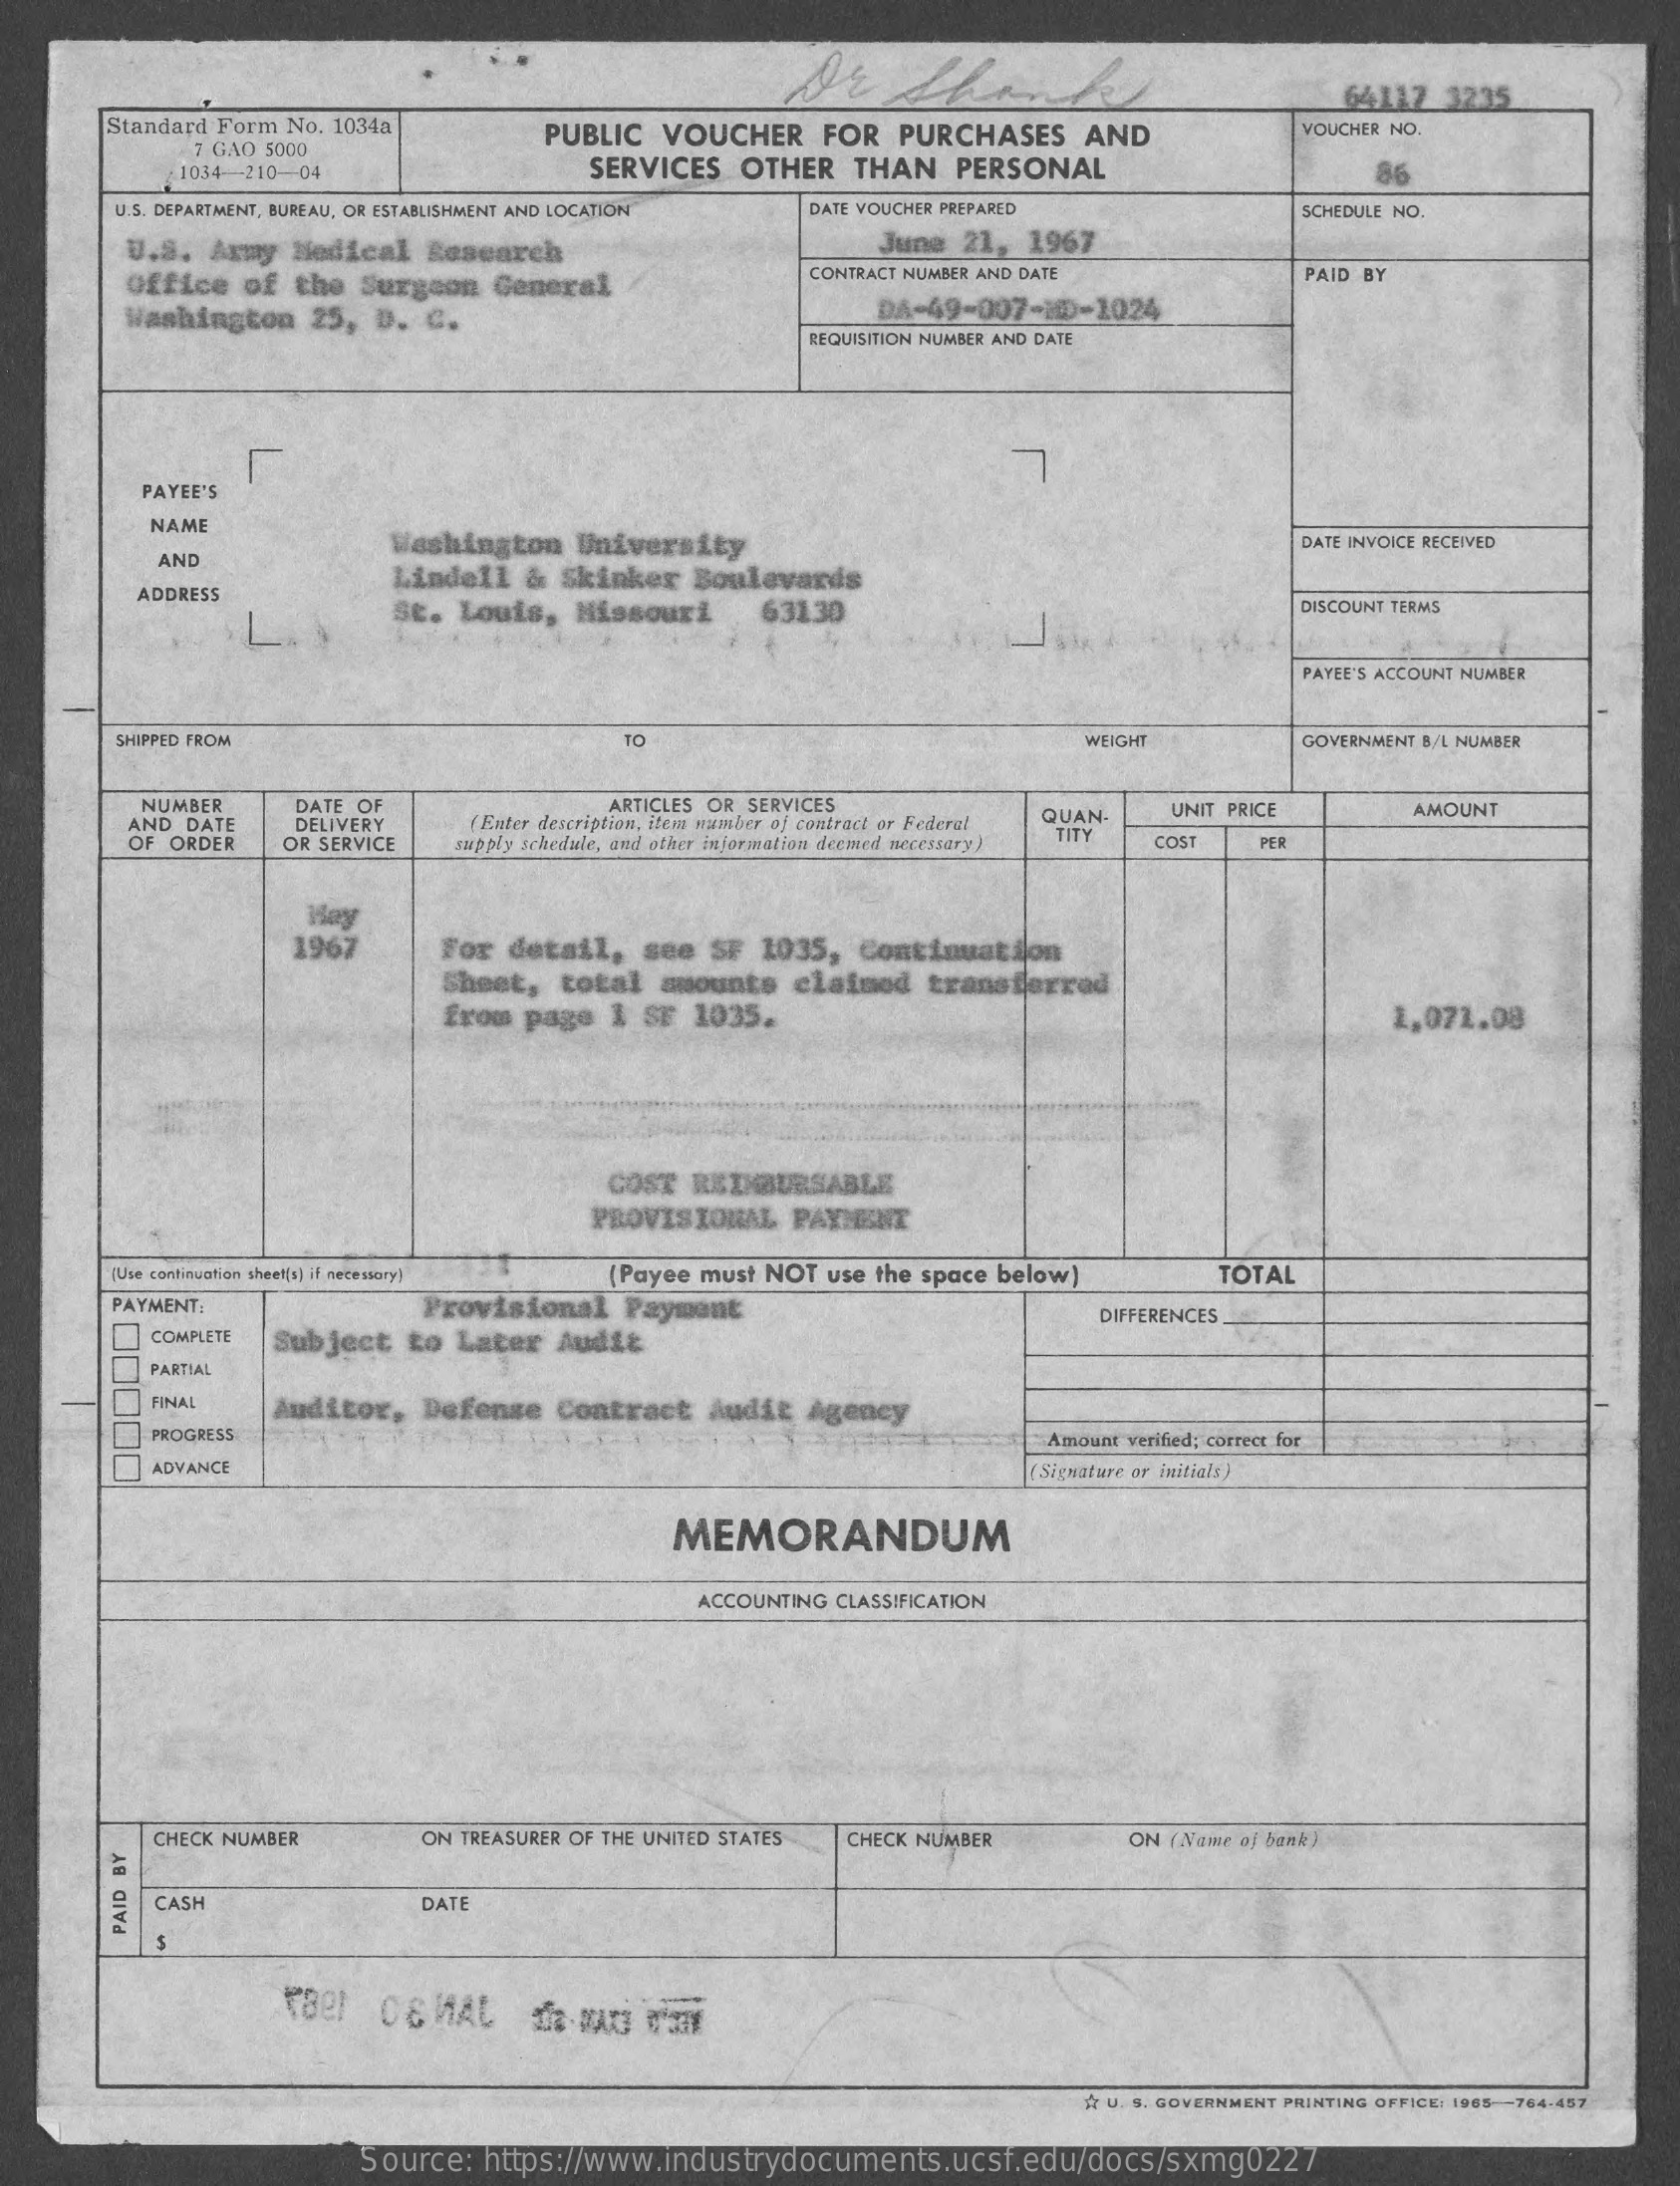
64.112 3235
     Standard Form No. 1034a
     7 GAO 5000
     PUBLIC VOUCHER   FOR PURCHASES  AND    VOUCHER NO
     1034-210-04    SERVICES OTHER  THAN  PERSONAL    86
     U.S. DEPARTMENT, BUREAU, OR ESTABLISHMENT AND LOCATION DATE VOUCHER PREPARED SCHEDULE NO.
     U.S. Army Medical Research    June 21, 1967
     Office of the Surgeon General
     CONTRACT NUMBER AND DATE    PAID BY
     Washington 25, D. C.    DA-49-007-200-1024
     REQUISITION NUMBER AND DATE
     PAYEE'S
     NAME
     Washington University    DATE INVOICE RECEIVED
     AND
     Lindell & Skinker Boulevards
     ADDRESS
     St. Louis, Missouri  63130    DISCOUNT TERMS
     PAYEE'S ACCOUNT NUMBER
     SHIPPED FROM    TO    WEIGHT    GOVERNMENT B/L NUMBER
     NUMBER   DATE OF    ARTICLES OR SERVICES
     AND DATE  DELIVERY  (Enter description, item number of contract or Federal QUAN UNIT PRICE AMOUNT
     OF ORDER OR SERVICE supply schedule, and other information deemed necessary )
     TITY  COST  PE
     Hey
     1967    For detail, see SF 1035, Continuation
     Sheet, total amounts clainod transferred
     from page 1 SF 1035.    1,071.08
     COST REDIBURSABLE
     PROVISIONAL PAYMENT
     (Use continuation sheet[s] if necessary) Payee must NOT use the space below) TOTAL
     PAYMENT:    Provisional Payment
     COMPLETE Subject to Later Audit
     DIFFERENCES
     PARTIAL
     FINAL   Auditor, Defense Contract Audit Agency
     PROGRESS    Amount verified; correct for
     ADVANCE    (Signature or initials)
     MEMORANDUM
     ACCOUNTING CLASSIFICATION
     CHECK NUMBER    ON TREASURER OF THE UNITED STATES CHECK NUMBER ON (Name of bank )
     CASH    DATE
     PAID
     BY
     A U. S. GOVERNMENT PRINTING OFFICE: 1965 -764-457
     Source: https://www.industrydocuments.ucsf.edu/docs/sxmg0227